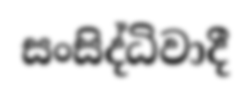
සංසිද්ධිවාදී